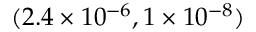
( 2 . 4 \times 1 0 ^ { - 6 } , 1 \times 1 0 ^ { - 8 } )